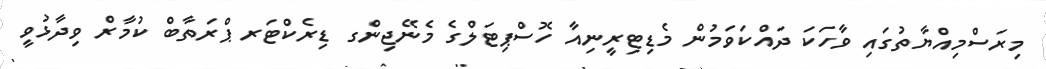
މިރަސްމިއްޔާތުގައި ވާހަކަ ދައްކަވަމުން މެޑިޓިރީނިއާ ހޮސްޕިޓަލްގެ މެނޭޖިންގ ޑިރެކްޓަރ ޕްރަތާބް ކުމާރް ވިދާޅުވީ